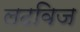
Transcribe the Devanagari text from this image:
लटविज